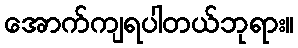
အောက်ကျရပါတယ်ဘုရား။